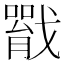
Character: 𢨐